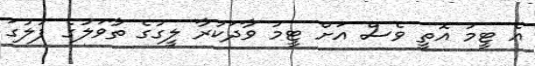
އެ ޓީމު އޮތީ ވެސް އަށް ޓީމު ވާދަކުރާ ލީގުގެ ތާވަލުގެ ފުލުގަ